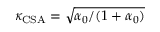
\kappa _ { \mathrm { C S A } } = \sqrt { \alpha _ { 0 } / ( 1 + \alpha _ { 0 } ) }